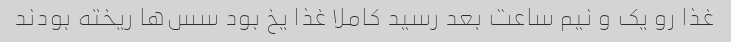
غذا رو یک و نیم ساعت بعد رسید کاملا غذا یخ بود سس‌ها ریخته بودند